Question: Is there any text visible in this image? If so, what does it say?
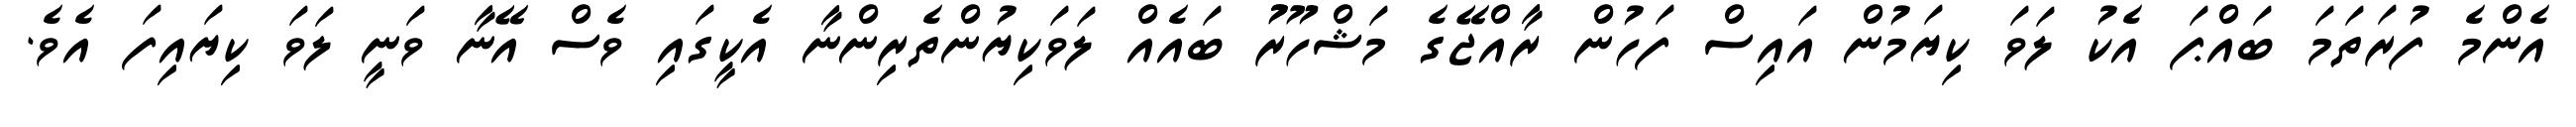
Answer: އެންމެ ފުރަތަމަ ބައްޕަ އެކު ލަވަ ކިޔަމުން އައިސް ފަހުން ރާއްޖޭގެ މަޝްހޫރުު ބައެއް ލަވަކިޔުންތެރިންނާ އެކީގައި ވެސް އޭނާ ވަނީ ލަވަ ކިޔައިފަ އެވެ.